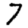
Digit: 7